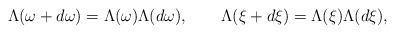
\begin{align*}\Lambda (\omega +d\omega )=\Lambda (\omega )\Lambda (d\omega ),\qquad\Lambda (\xi +d\xi )=\Lambda (\xi )\Lambda (d\xi ), \end{align*}